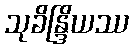
သုခိန္ဒြိယဿ